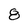
Character: 8